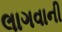
લાગવાની